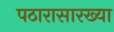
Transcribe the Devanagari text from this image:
पठारासारख्या